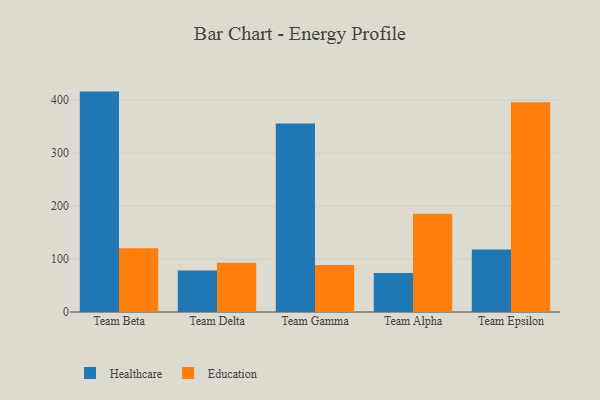
{"axis": {"x": "Team", "y": "Satisfaction Score"}, "legend": ["Education", "Healthcare"], "data": [{"x": "Team Beta", "y": 416.3, "type": "Healthcare"}, {"x": "Team Beta", "y": 120.4, "type": "Education"}, {"x": "Team Delta", "y": 78.5, "type": "Healthcare"}, {"x": "Team Delta", "y": 92.8, "type": "Education"}, {"x": "Team Gamma", "y": 356.0, "type": "Healthcare"}, {"x": "Team Gamma", "y": 89.0, "type": "Education"}, {"x": "Team Alpha", "y": 73.5, "type": "Healthcare"}, {"x": "Team Alpha", "y": 185.8, "type": "Education"}, {"x": "Team Epsilon", "y": 118.1, "type": "Healthcare"}, {"x": "Team Epsilon", "y": 396.4, "type": "Education"}]}